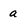
Character: a